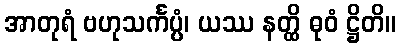
အာတုရံ ဗဟုသင်္ကပ္ပံ၊ ယဿ နတ္ထိ ဓုဝံ ဋ္ဌိတိ။